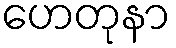
ဟေတုနာ